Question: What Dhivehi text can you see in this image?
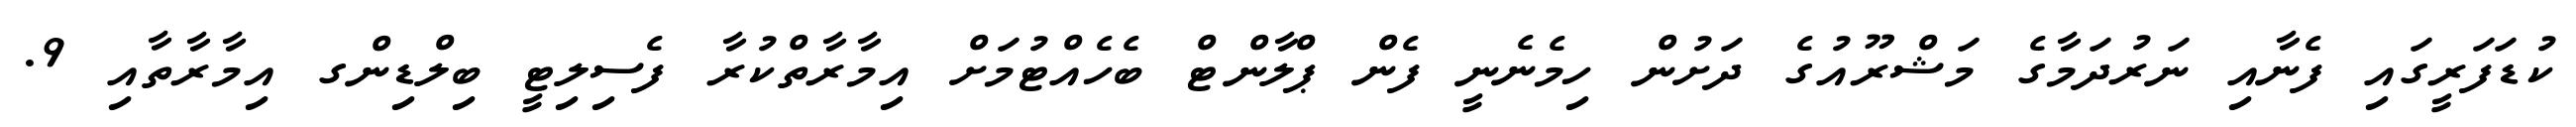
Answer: ކުޑަފަރީގައި ފެނާއި ނަރުދަމާގެ މަޝްރޫއުގެ ދަށުން ހިމެނެނީ ފެން ޕްލާންޓް ބެހެއްޓުމަށް އިމާރާތްކުރާ ފެސިލިޓީ ބިލްޑިންގ އިމާރާތާއި 9.